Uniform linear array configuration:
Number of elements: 48
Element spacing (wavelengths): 0.75
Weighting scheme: hamming
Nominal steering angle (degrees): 0
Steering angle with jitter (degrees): -0.3644
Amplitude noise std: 0.05
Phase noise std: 0.05

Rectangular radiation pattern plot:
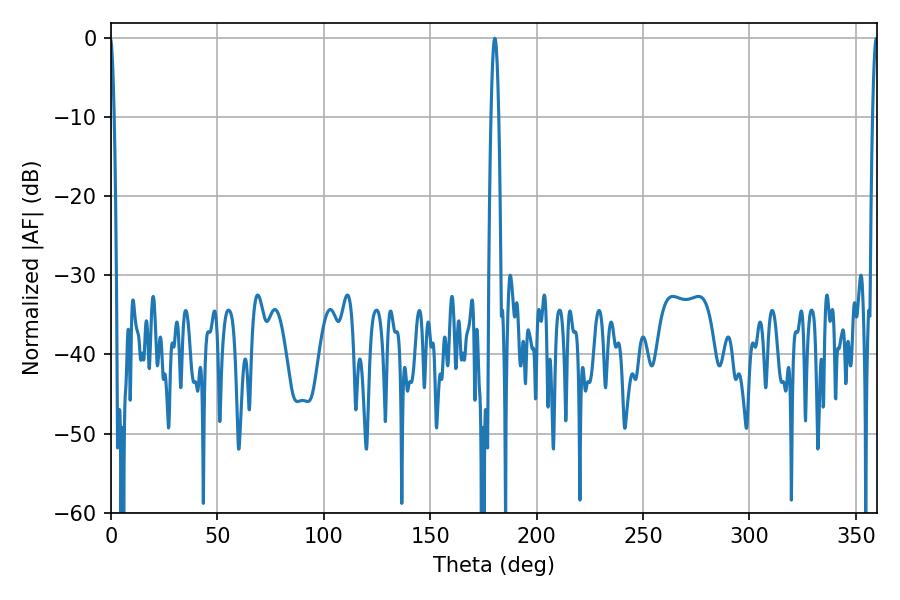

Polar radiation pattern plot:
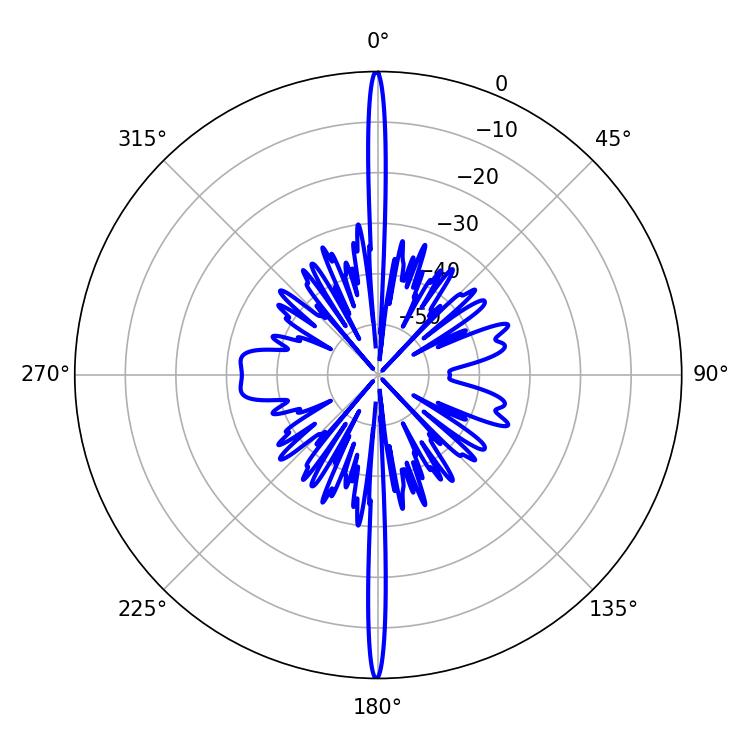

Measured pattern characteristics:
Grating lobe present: TRUE
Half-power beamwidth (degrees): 1.26
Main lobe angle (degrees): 359.64